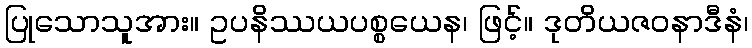
ပြုသောသူအား။ ဥပနိဿယပစ္စယေန၊ ဖြင့်။ ဒုတိယဇဝနာဒီနံ၊